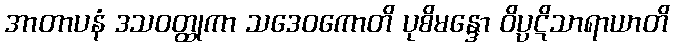
အာတာပနံ ဒသဝတ္ထုကာ သဒေဝကောတိ ပုစိမန္ဒော ဝိပ္ပဋိသာရာယာတိ